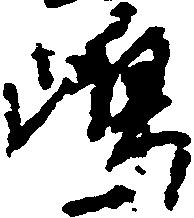
嶋